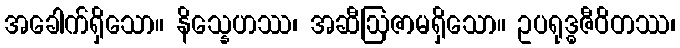
အခေါက်ရှိသော။ နိသ္နေဟဿ၊ အဆီဩဇာမရှိသော။ ဥပရုဒ္ဓဇီဝိတဿ၊